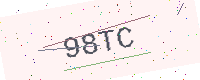
Text: 98TC